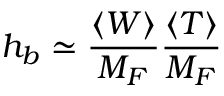
h _ { b } \simeq \frac { \langle W \rangle } { M _ { F } } \frac { \langle T \rangle } { M _ { F } }